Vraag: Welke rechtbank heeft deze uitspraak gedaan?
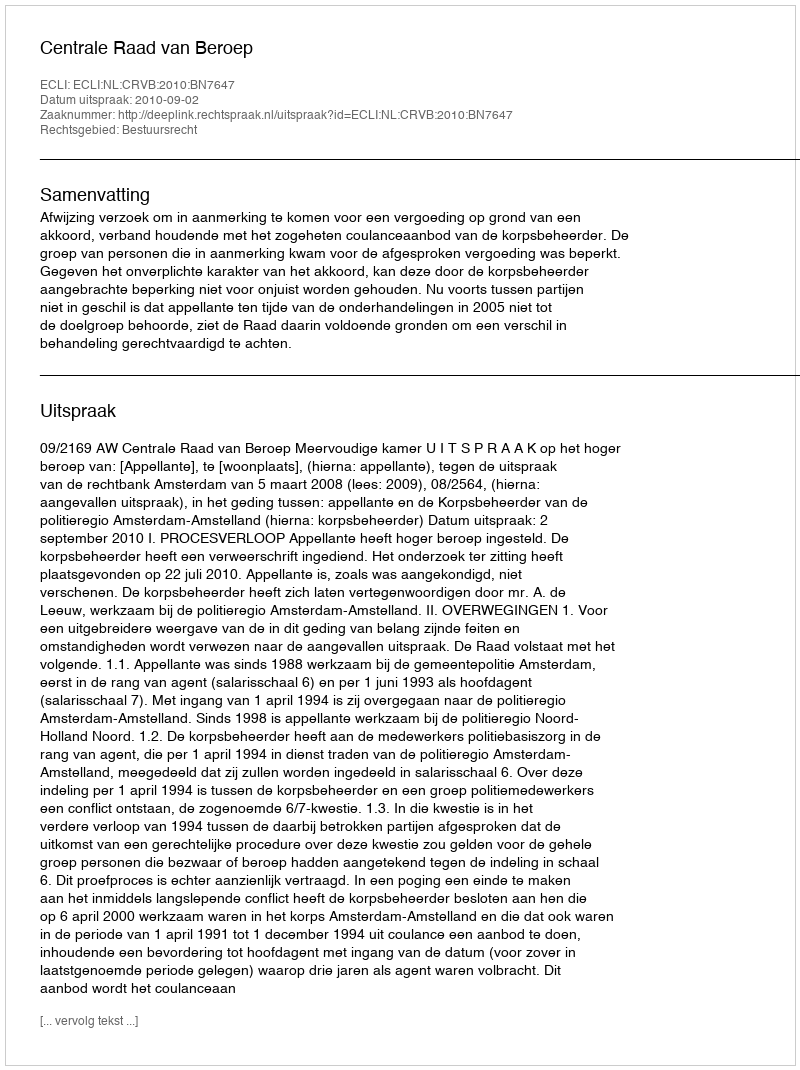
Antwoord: Centrale Raad van Beroep